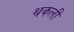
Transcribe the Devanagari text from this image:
थकली